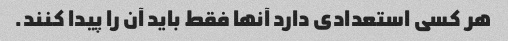
هر کسی استعدادی دارد آنها فقط باید آن را پیدا کنند.